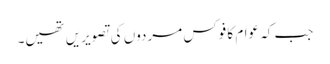
جب کہ عوام کا فوکس مردوں کی تصویریں تھیں۔